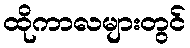
ထိုကာလများတွင်